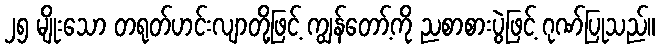
၂၅ မျိုးသော တရုတ်ဟင်းလျာတို့ဖြင့် ကျွန်တော့်ကို ညစာစားပွဲဖြင့် ဂုဏ်ပြုသည်။